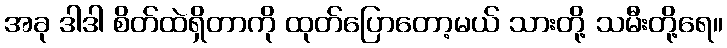
အခု ဒါဒါ စိတ်ထဲရှိတာကို ထုတ်ပြောတော့မယ် သားတို့ သမီးတို့ရေ။